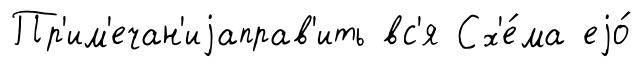
Пр'им'ечан'иjаправ'ить вс'я Сх'е́ма еjо́